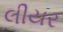
લીયર